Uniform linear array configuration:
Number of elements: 4
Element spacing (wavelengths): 0.75
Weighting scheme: binomial
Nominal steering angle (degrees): -30
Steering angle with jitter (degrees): -29.622
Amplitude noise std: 0.05
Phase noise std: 0.05

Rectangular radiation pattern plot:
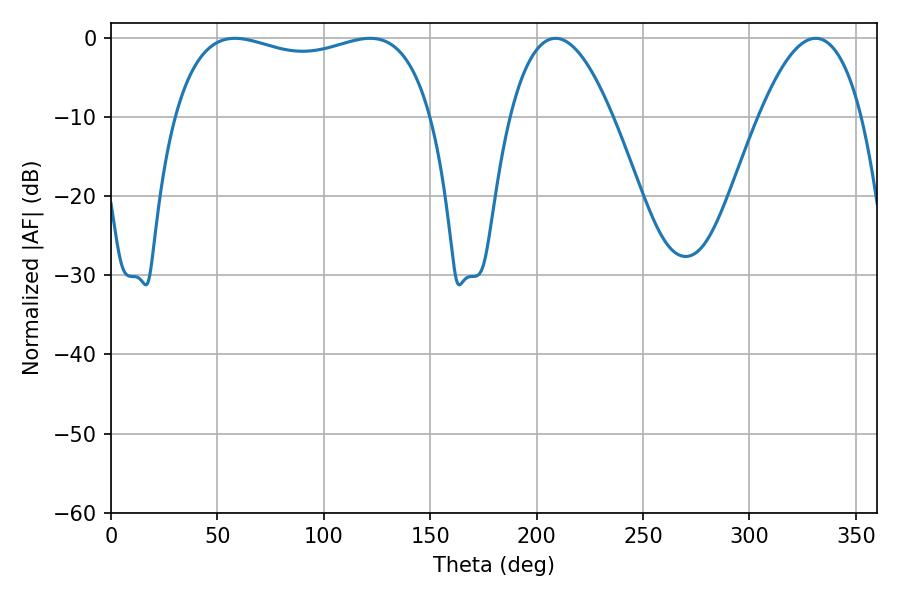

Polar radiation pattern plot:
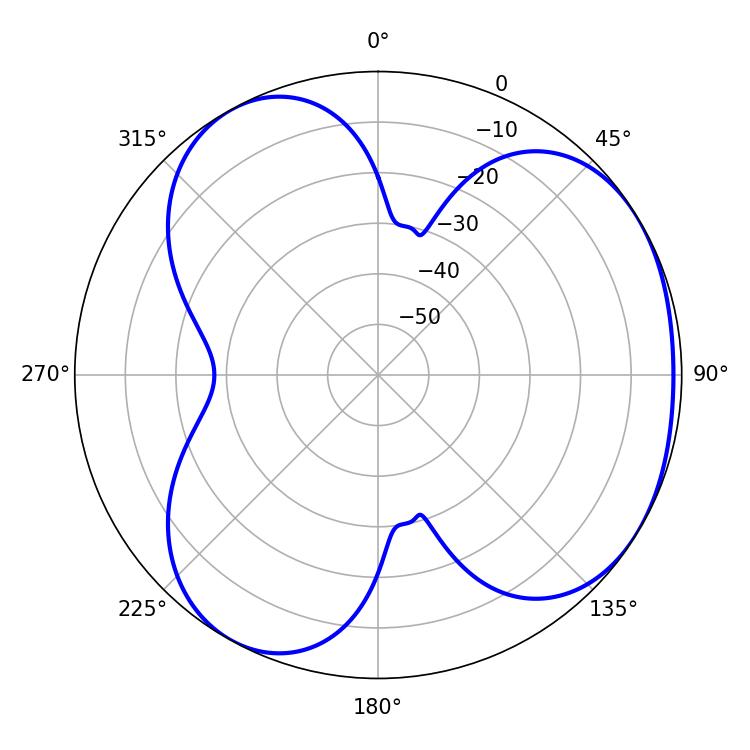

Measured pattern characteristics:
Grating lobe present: TRUE
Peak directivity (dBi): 3.855
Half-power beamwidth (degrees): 98.64
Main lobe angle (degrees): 58.32